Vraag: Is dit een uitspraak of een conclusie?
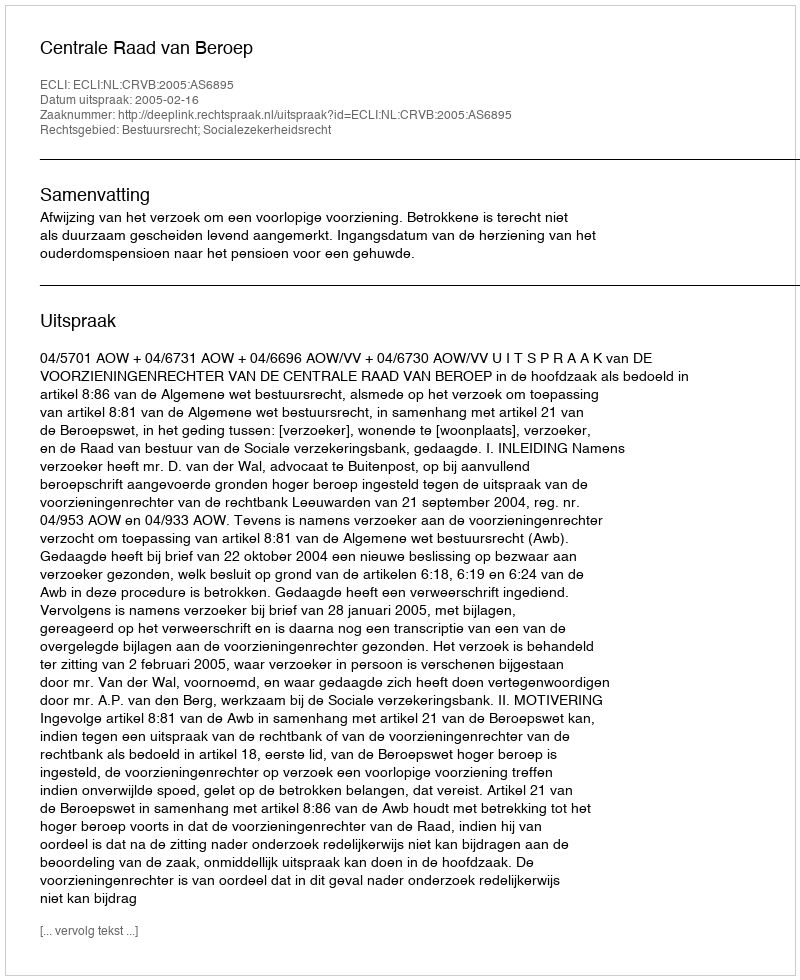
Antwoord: Uitspraak